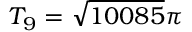
T _ { 9 } = \sqrt { 1 0 0 8 5 } \pi